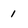
Character: 1